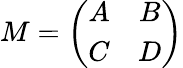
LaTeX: M=\left(\begin{array}{cc}{{A}}&{{B}}\\ {{C}}&{{D}}\end{array}\right)